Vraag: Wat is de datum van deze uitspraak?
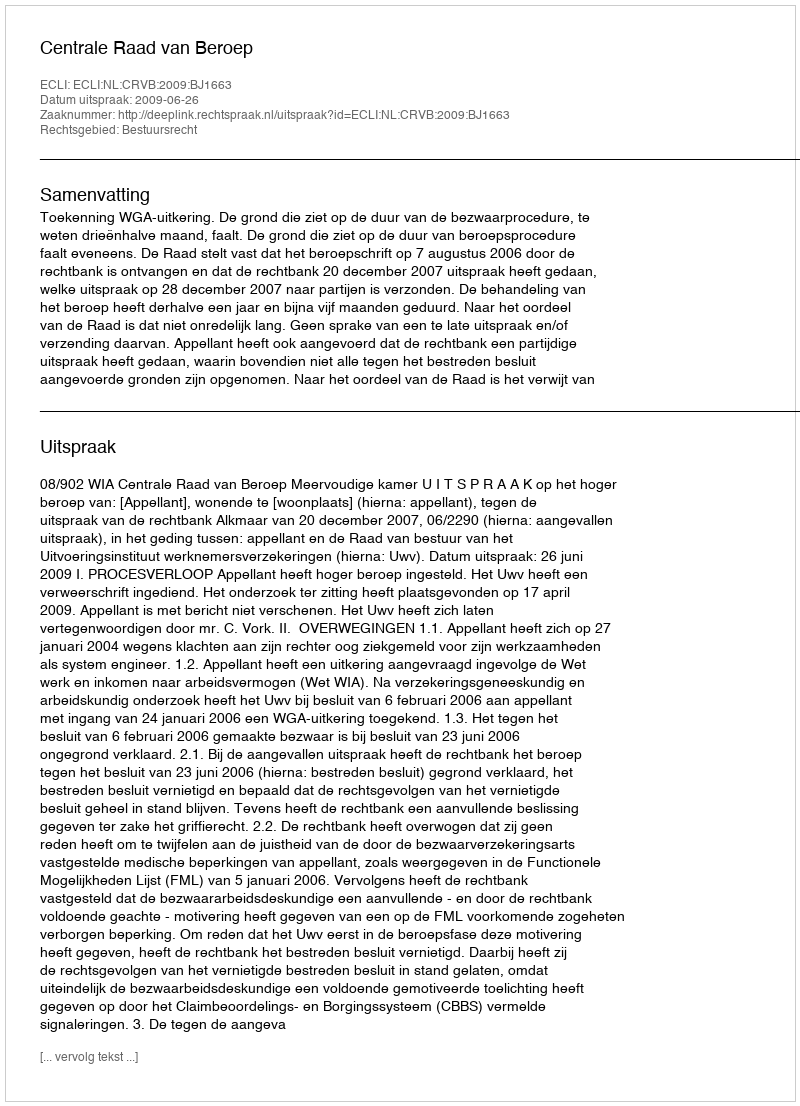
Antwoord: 2009-06-26